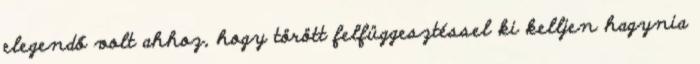
elegendő volt ahhoz, hogy törött felfüggesztéssel ki kelljen hagynia